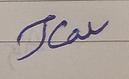
Signature authenticity: forged